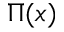
\Pi ( x )